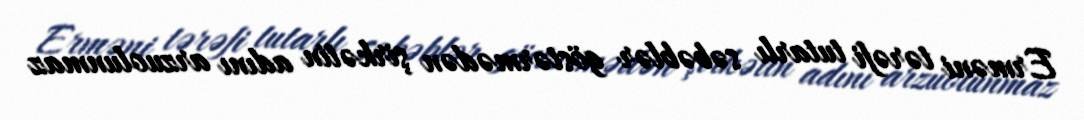
Erməni tərəfi tutarlı səbəblər göstərmədən şirkətin adını arzuolunmaz